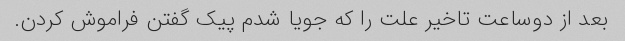
بعد از دوساعت تاخیر علت را که جویا شدم پیک گفتن فراموش کردن.